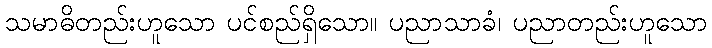
သမာဓိတည်းဟူသော ပင်စည်ရှိသော။ ပညာသာခံ၊ ပညာတည်းဟူသော